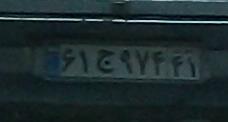
۶۱ج۹۷۴۴۱